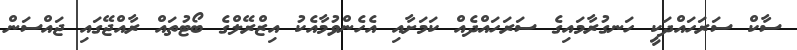
ސާކް ސަރަހައްދަކީ ހަނގުރާމައިގެ ސަރަހައްދެއް ކަމަށާއި އެހެންވުމާއެކު އިޒްރޭލްގެ ބޯޓުތައް ރާއްޖޭގައި ޖައްސަން